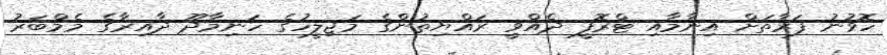
ހޮވުނު ފަރާތަށް އިނާމާއި ޓްރޮފީ ދެއްވީ ރައްޔިތުންގެ މަޖިލީހުގެ ހަނިމާދޫ ދާއިރާގެ މެމްބަރު